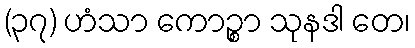
(၃၇) ဟံသာ ကောဉ္စာ သုနဒါ တေ၊